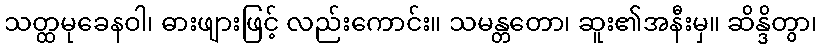
သတ္ထမုခေနဝါ၊ ဓားဖျားဖြင့် လည်းကောင်း။ သမန္တတော၊ ဆူး၏အနီးမှ။ ဆိန္ဒိတွာ၊